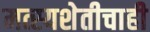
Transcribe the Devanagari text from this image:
मत्स्यशेतीचाही